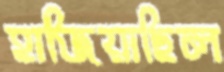
হাজিয়াছিল